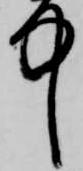
中